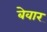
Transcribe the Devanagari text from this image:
बेवार